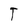
Character: T